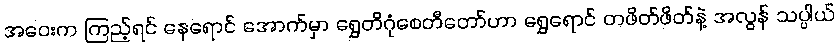
အဝေးက ကြည့်ရင် နေရောင် အောက်မှာ ရွှေတိဂုံစေတီတော်ဟာ ရွှေရောင် တဖိတ်ဖိတ်နဲ့ အလွန် သပ္ပါယ်